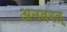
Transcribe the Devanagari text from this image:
अनवरत्